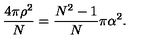
\frac { 4 \pi \rho ^ { 2 } } { N } = \frac { N ^ { 2 } - 1 } { N } \pi \alpha ^ { 2 } .